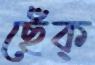
ছেঁক্‌